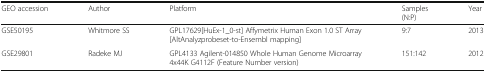
| GEO accession | Author | Platform | Samples(N:P) | Year |
 | --- | --- | --- | --- | --- |
 | GSE50195 | Whitmore SS | GPL17629[HuEx-1_0-st] Affymetrix Human Exon 1.0 ST Array [AltAnalyzprobeset-to-Ensembl mapping] | 9:7 | 2013 |
 | GSE29801 | Radeke MJ | GPL4133 Agilent-014850 Whole Human Genome Microarray 4x44K G4112F (Feature Number version) | 151:142 | 2012 |